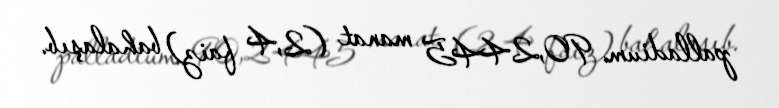
palladium 90,2445 manat (2,4 faiz) bahalaşıb.